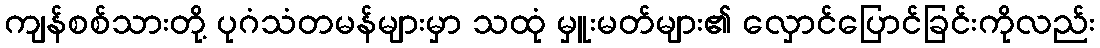
ကျန်စစ်သားတို့ ပုဂံသံတမန်များမှာ သထုံ မှူးမတ်များ၏ လှောင်ပြောင်ခြင်းကိုလည်း